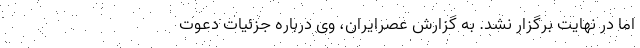
اما در نهایت برگزار نشد. به گزارش عصرایران، وی درباره جزئیات دعوت